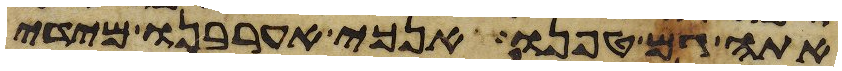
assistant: אתה גם טפנו אנכי אערבנו מידי